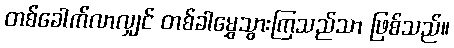
တစ်ခေါက်လာလျှင် တစ်ခါမွှေသွားကြသည်သာ ဖြစ်သည်။